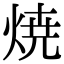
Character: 焼